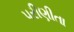
પરીણીતા